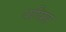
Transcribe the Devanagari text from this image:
पप्पिस